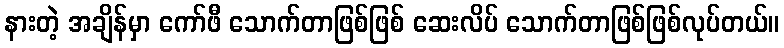
နားတဲ့ အချိန်မှာ ကော်ဖီ သောက်တာဖြစ်ဖြစ် ဆေးလိပ် သောက်တာဖြစ်ဖြစ်လုပ်တယ်။